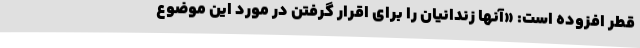
قطر افزوده است: «آنها زندانیان را برای اقرار گرفتن در مورد این موضوع